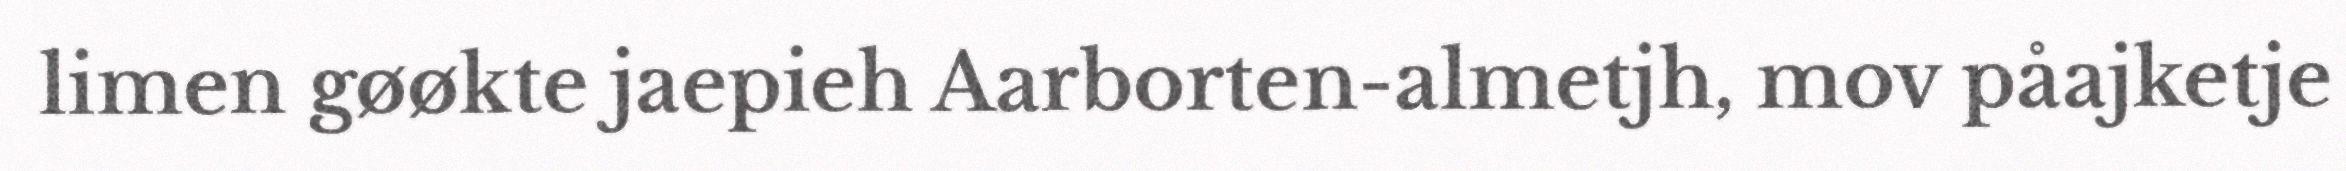
limen gøøkte jaepieh Aarborten-almetjh, mov påajketje